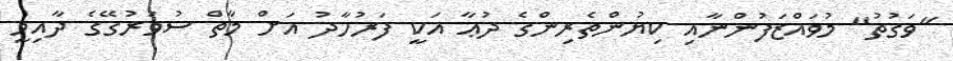
"ވަގުތު" މުވައްޒަފުންނާއި ކިޔުންތެރިންގެ ދުޢާ އަކީ ފަރުހާދު އަށް މާތް ސުވަރުގޭގެ ދާއިމީ